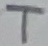
Text: T